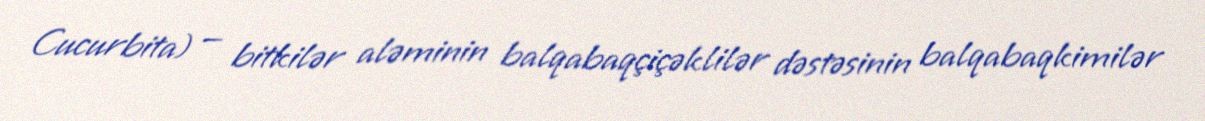
Cucurbita) — bitkilər aləminin balqabaqçiçəklilər dəstəsinin balqabaqkimilər